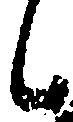
候